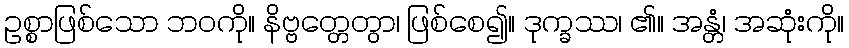
ဥစ္စာဖြစ်သော ဘဝကို။ နိဗ္ဗတ္တေတွာ၊ ဖြစ်စေ၍။ ဒုက္ခဿ၊ ၏။ အန္တံ၊ အဆုံးကို။